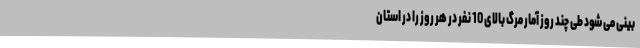
بینی می شود طی چند روز آمار مرگ بالای 10 نفر در هر روز را در استان